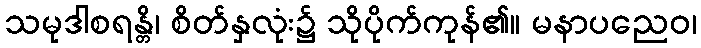
သမုဒါစရန္တိ၊ စိတ်နှလုံး၌ သိုပိုက်ကုန်၏။ မနာပညေဝ၊